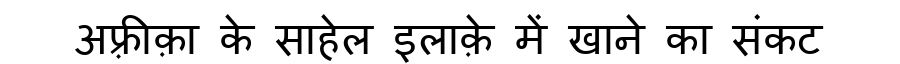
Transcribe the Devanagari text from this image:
अफ़्रीक़ा के साहेल इलाक़े में खाने का संकट